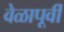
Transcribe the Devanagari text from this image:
वेळापूर्वी